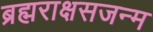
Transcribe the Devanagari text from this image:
ब्रह्मराक्षसजन्म